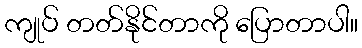
ကျုပ် တတ်နိုင်တာကို ပြောတာပါ။